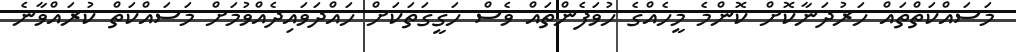
މަސައްކަތްތައް ހަރުދަނާކޮށް ކޮންމެ މީހެއްގެ ހުވަފެންތައް ވެސް ހަގީގަތަކަށް ހައްދަވައިދެއްވުމަށް މަސައްކަތް ކުރައްވާނެ